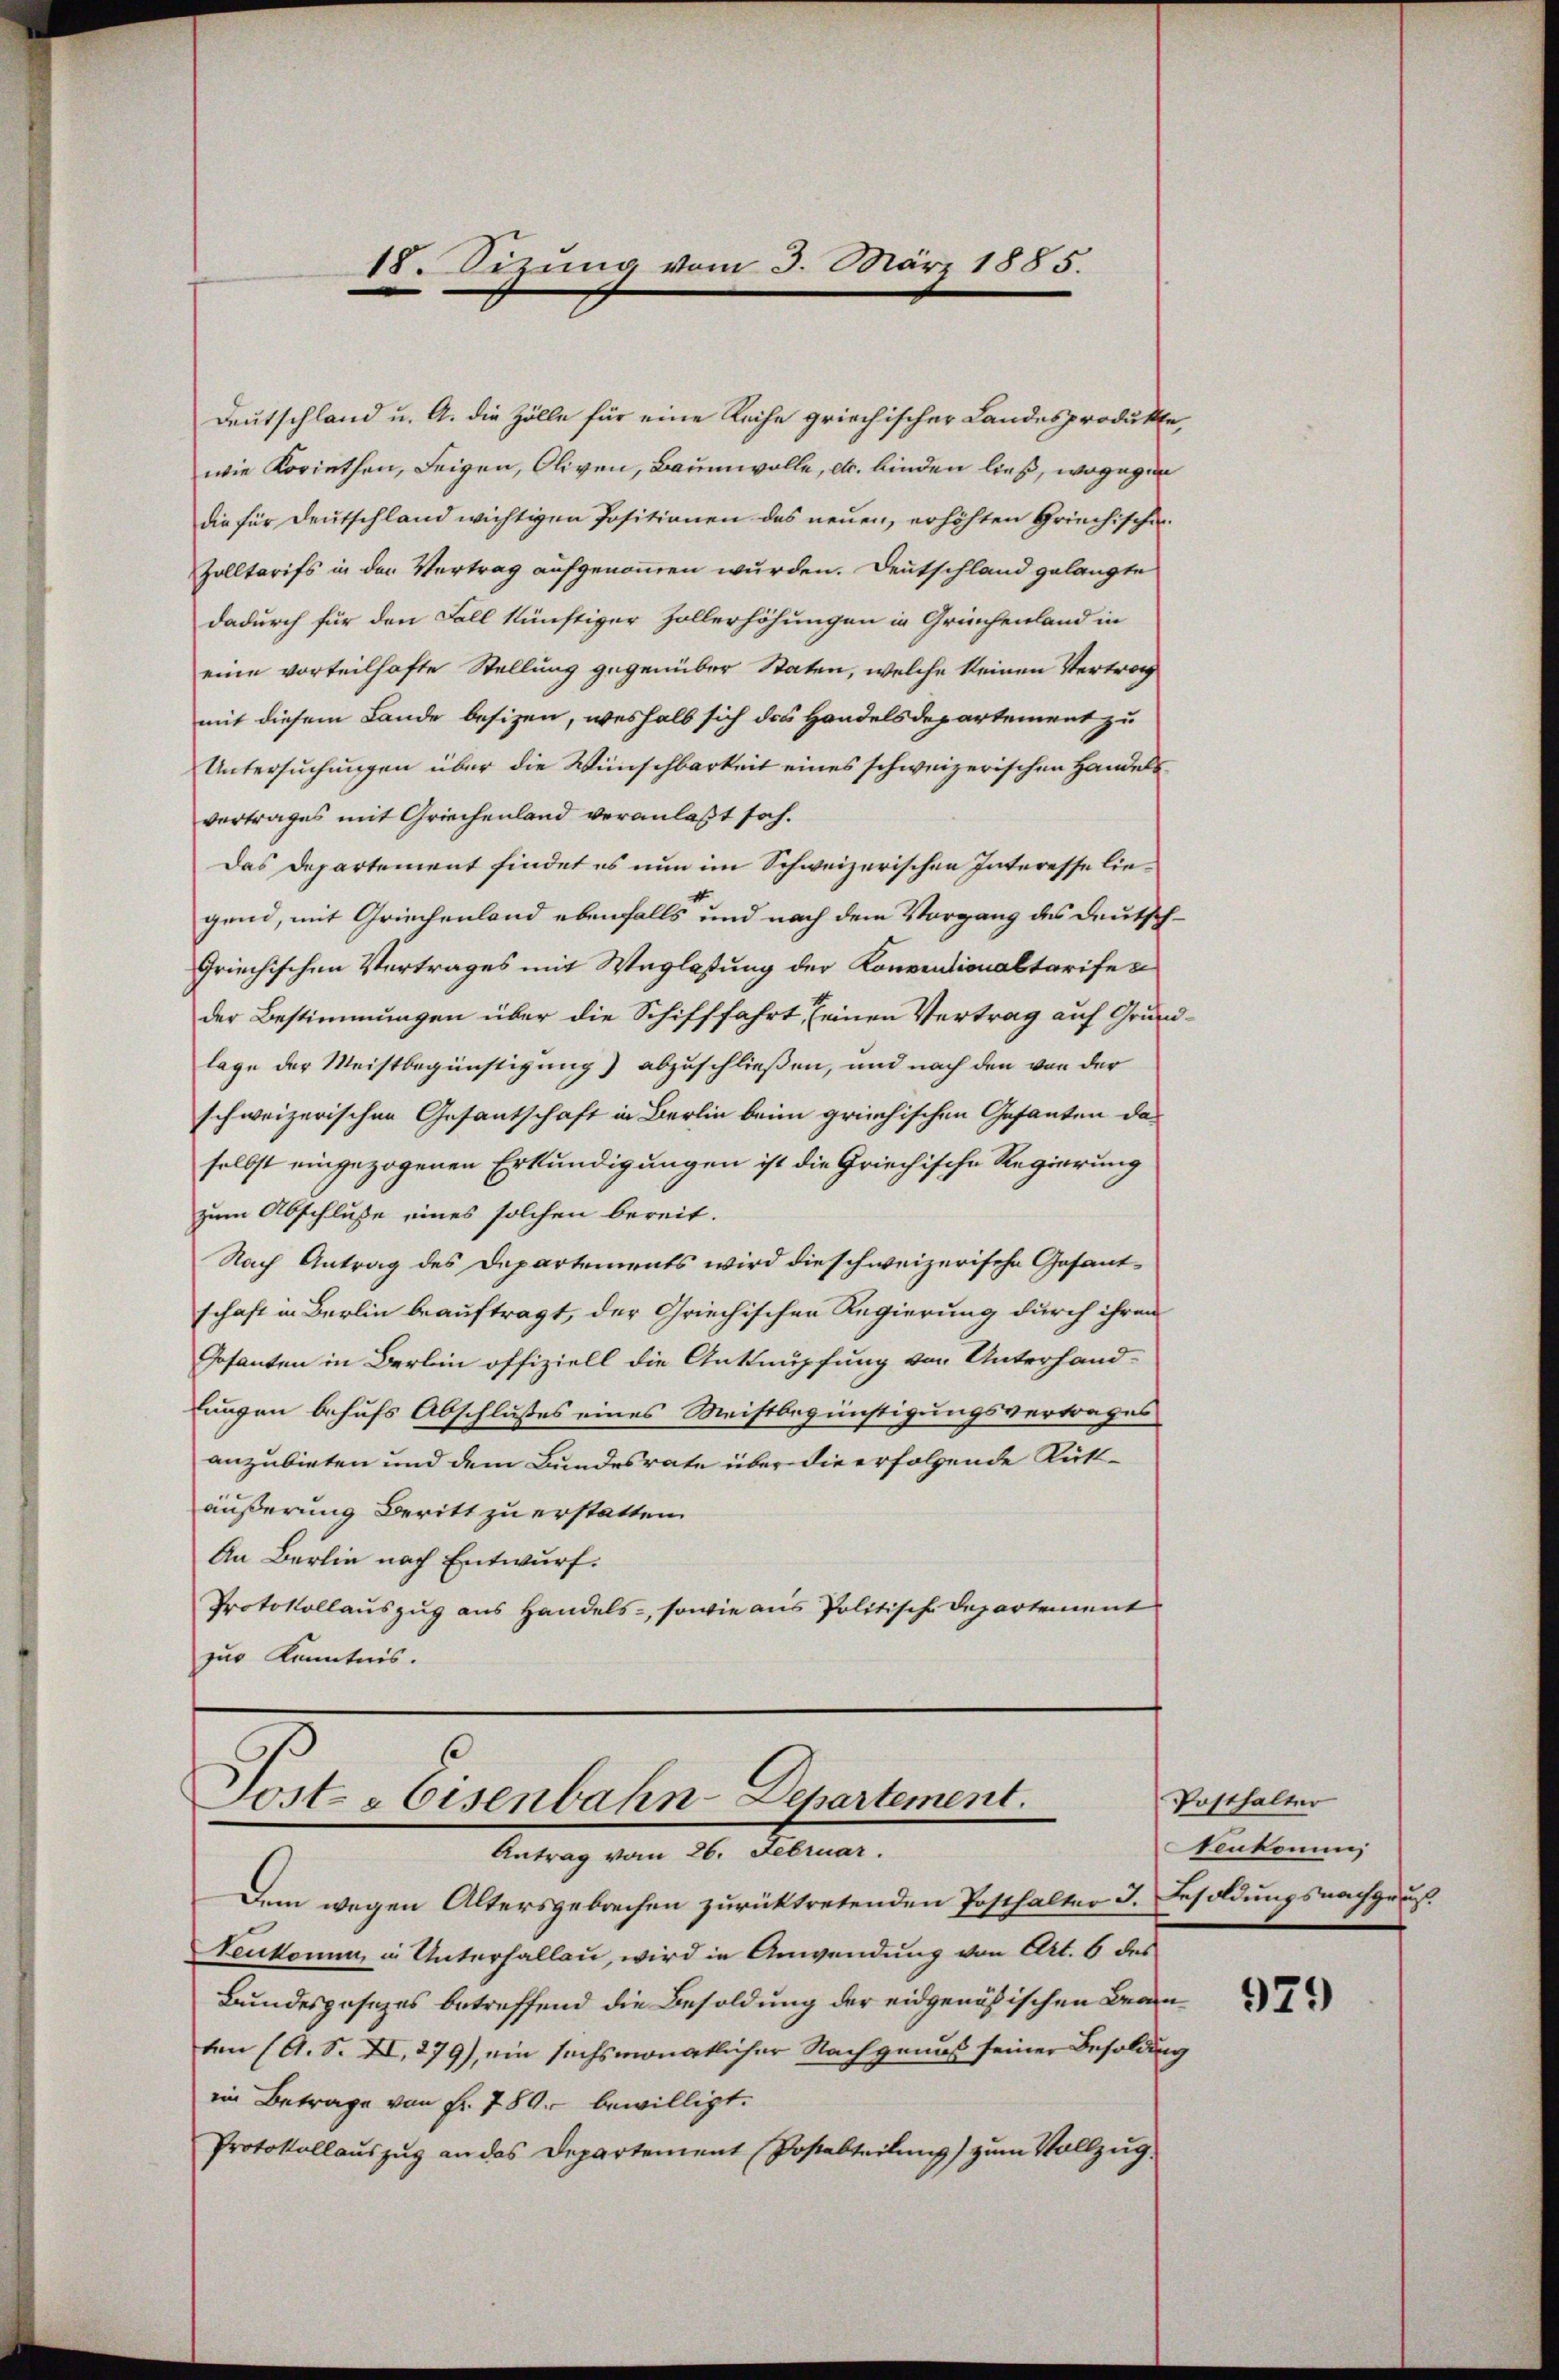
18. Sizung vom 3. März 1885.

Deutschland u. A. die Zölle für eine Reihe griechischer Landesprodukte,
wie Koriethen, seigen, Oliven, Baumwolle, etc. binden ließ, wogegen
die für Deutschland wichtigen Positionen des neuen, erhöhten Griechischen
Zolltarifs in den Vertrag aufgenommen wurden. Deutschland gelangte
dadurch für den Fall künftiger Zollerhöhungen in Grünhenland in
eine vorteilhafte Stellung gegenüber Staten, welche keinen Vertrag
mit diesem Lande besizen, weshalb sich das Handelsdepartement zu
Untersuchungen über die Wünschbarkeit eines schweizerischen Handelsvertrages mit Griechenland veranlaßt sah.
Das Departement findet es nun im Schweizerischen Interesse liegend, mit Griechenland ebenfalls und nach dem Vorgang des Deutsch¬
Griechischen Vertrages mit Weglastung der Konventionaltarifen
der Bestimmungen über die Schifffahrt, seinen Vertrag auf Grundlage der Meistbegünstigung) abzuschließen, und nach den von der
schweizerischen Gesantschaft in Berlin beim griechischen Gesanten das
selbst eingezogenen Erkundigungen ist die Griechische Regierung
zum Abschluße eines solchen bereit-
Nach Antrag des Departements wird die schweizerische Gesant-
schaft in Berlin beauftragt, der Griechischen Regierung durch ihren
Gosanten in Berlin offiziell die Anknüpfung von Unterhand-
lungen behufs Abschlußes eines Meistbegünstigungsvertrages
anzubieten und dem Bundesrate über die erfolgende Rütt-
äußerung Beritt zu erstatten.
An Berlin nach Entwurf.
Protokollauszug aus Handels-, sowie aus Politische Departement
zur Kenntnis.

Josts Eisenbahn-Departement.
Antrag vom 26. Februar.

Dem wegen Altersgebrechen zurücktretenden Posthalter I. Besoldungsnachguus
Venkomm, in Unterhallau, wird in Anwendung von Art. 6 des
Bundesgesezes betreffend die Besoldung der eidgenößischen Beamten (A. S. XI, 279), ein sechsmonatlicher Nachgenuß seiner Besoldung
ein Betrage von Fr. 750. bewilligt.
Protokollaŭszŭg an das Departement Postabteilŭng zŭm Vollzŭg.

Posthalter
Neukommi

979